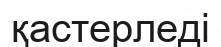
қастерледі